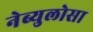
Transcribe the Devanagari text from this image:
नेब्युलोसा